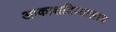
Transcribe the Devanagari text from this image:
आकाशदिव्यालाच